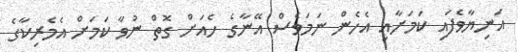
އަނިޔާވެފައި ކަމަށާއި އެހެން ނަމަވެސް އޭނާގެ ހެއަށް ގޮތް ނުވާ ކަމަށް އެމެރިކާގެ